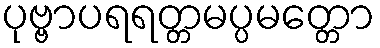
ပုဗ္ဗာပရရတ္တမပ္ပမတ္တော